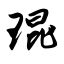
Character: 琨